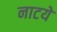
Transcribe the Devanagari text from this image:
नाटये